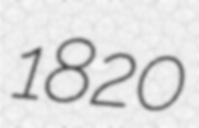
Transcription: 1820